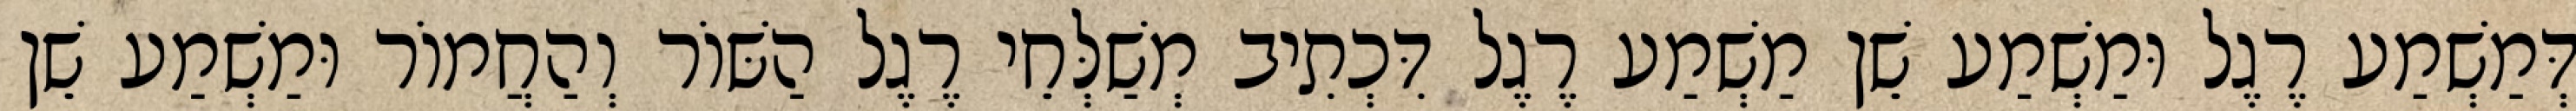
דְּמַשְׁמַע רֶגֶל וּמַשְׁמַע שֵׁן מַשְׁמַע רֶגֶל דִּכְתִיב מְשַׁלְּחֵי רֶגֶל הַשּׁוֹר וְהַחֲמוֹר וּמַשְׁמַע שֵׁן